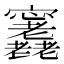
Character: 𡬕